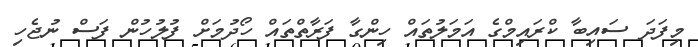
މިފަދަ ސައިބާ ކްރައިމްގެ އަމަލުތައް ހިންގާ ފަރާތްތައް ހޯދުމަށް ފުލުހުން ފަސް ނުޖެހި